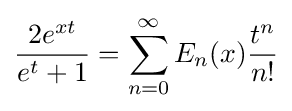
\displaystyle {\frac {2e^{xt}}{e^{t}+1}}=\sum _{n=0}^{\infty }E_{n}(x){\frac {t^{n}}{n!}}